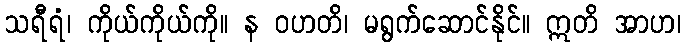
သရီရံ၊ ကိုယ်ကိုယ်ကို။ န ဝဟတိ၊ မရွက်ဆောင်နိုင်။ ဣတိ အာဟ၊